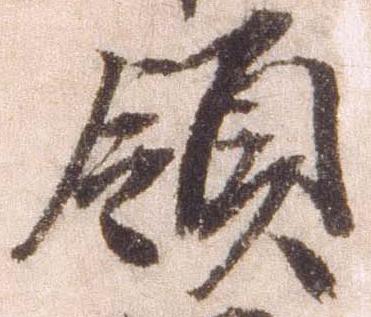
領